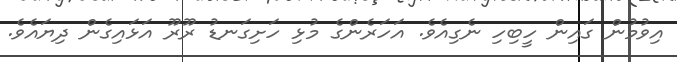
އިވުމުން ގައިން ހީބިހި ނެގިއެވެ. އަހަރެންގެ މުޅި ހަށިގަނޑު ރޫރޫ އަޅައިގެން ދިޔައެވެ.